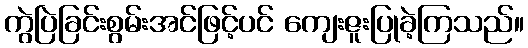
ကွဲပြဲခြင်းစွမ်းအင်ဖြင့်ပင် ကျေးဇူးပြုခဲ့ကြသည်။